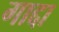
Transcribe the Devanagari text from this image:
गाद्दा